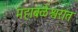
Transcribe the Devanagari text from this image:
महाबळेश्वरात